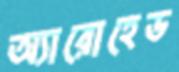
অ্যারোহেড